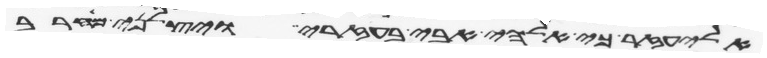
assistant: אליעזר כי אלהי אבי בעזרי ויצלני מחרב